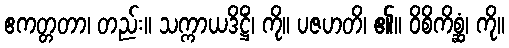
ဧကတ္တတာ၊ တည်း။ သက္ကာယဒိဋ္ဌိံ၊ ကို။ ပဇဟတိ၊ ၏။ ဝိစိကိစ္ဆံ၊ ကို။